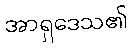
အာရှဒေသ၏